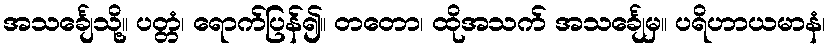
အသင်္ချေသို့။ ပတ္တံ၊ ရောက်ပြန်၍။ တတော၊ ထိုအသက် အသင်္ချေမှ။ ပရိဟာယမာနံ၊